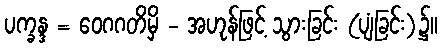
ပက္ခန္ဒ = ဝေဂဂတိမှိ - အဟုန်ဖြင့် သွားခြင်း (ပျံခြင်း)၌။